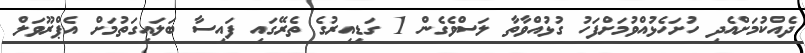
ދެއްކުމަށްއެދި ހުށަހެޅުއްވުމަށްފަހު ގުޅުއްވާތާ ލަސްވެގެން 1 ގަޑިއިރުގެ ތެރޭގައި ފައިސާ ބަލައިގަތުމަށް އެޕްރޫވަލް